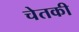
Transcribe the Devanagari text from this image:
चेतकी